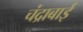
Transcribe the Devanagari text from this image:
चंद्राबाई